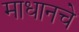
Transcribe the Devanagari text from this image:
माधानचे